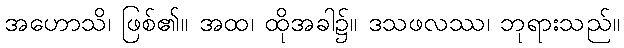
အဟောသိ၊ ဖြစ်၏။ အထ၊ ထိုအခါ၌။ ဒသဖလဿ၊ ဘုရားသည်။